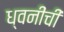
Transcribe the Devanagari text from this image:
ध्वनींची